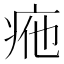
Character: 𤵩